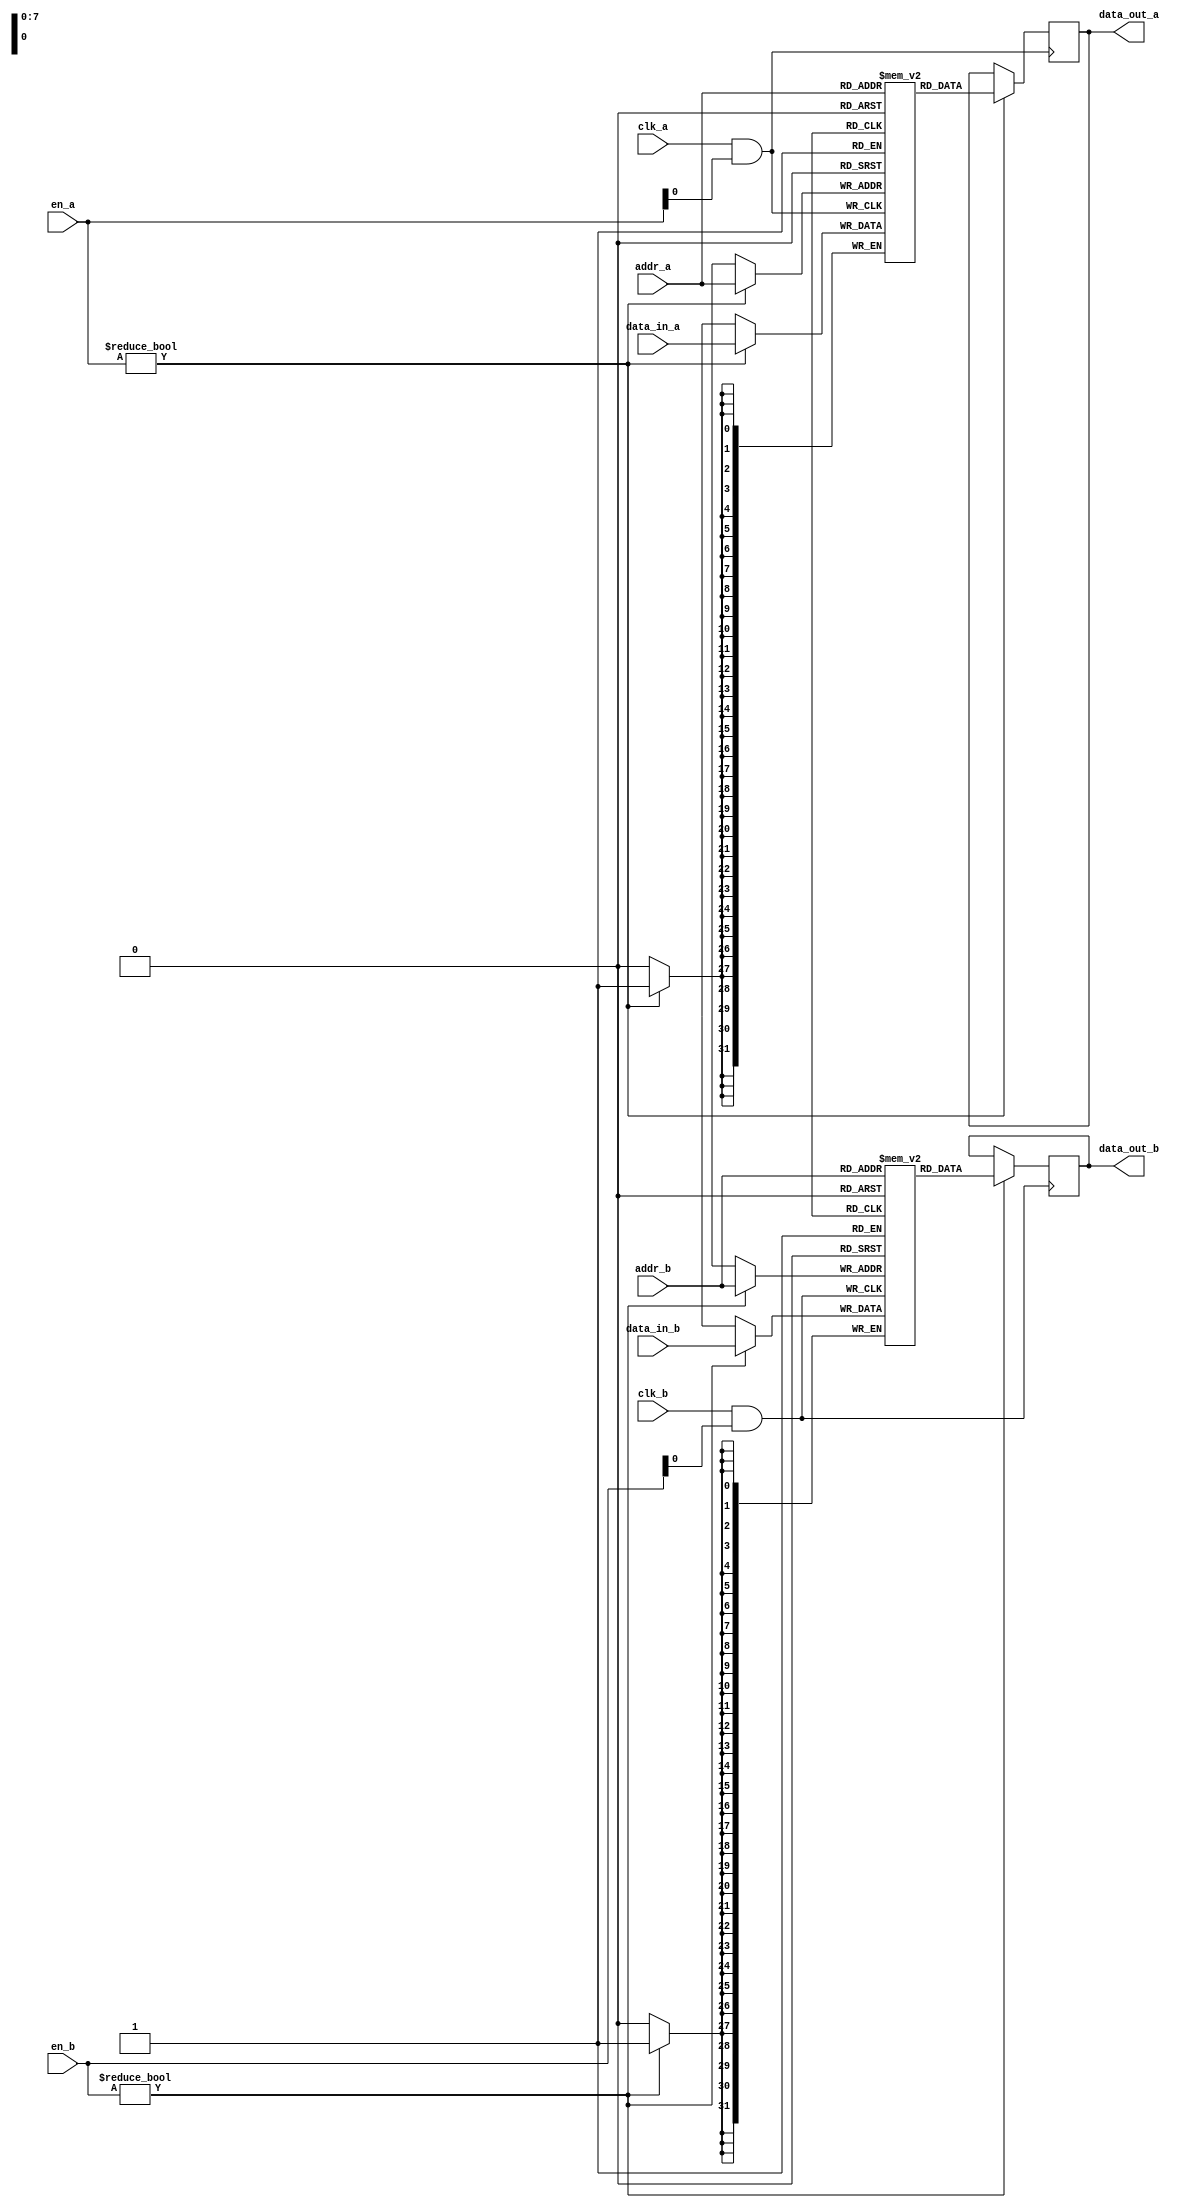
module clock_gated_memory #(
    parameter ADDR_WIDTH = 8,
    parameter DATA_WIDTH = 32,
    parameter NUM_BLOCKS = 4
)(
    input wire clk_a,                  // Clock for domain A
    input wire clk_b,                  // Clock for domain B
    input wire [NUM_BLOCKS-1:0] en_a, // Enable signals for memory blocks in domain A
    input wire [NUM_BLOCKS-1:0] en_b, // Enable signals for memory blocks in domain B
    input wire [ADDR_WIDTH-1:0] addr_a, // Address for memory block in domain A
    input wire [ADDR_WIDTH-1:0] addr_b, // Address for memory block in domain B
    input wire [DATA_WIDTH-1:0] data_in_a, // Data input for memory block in domain A
    input wire [DATA_WIDTH-1:0] data_in_b, // Data input for memory block in domain B
    output reg [DATA_WIDTH-1:0] data_out_a, // Data output for memory block in domain A
    output reg [DATA_WIDTH-1:0] data_out_b  // Data output for memory block in domain B
);

    // Memory blocks
    reg [DATA_WIDTH-1:0] mem_a [0:(1 << ADDR_WIDTH)-1]; // Memory block in domain A
    reg [DATA_WIDTH-1:0] mem_b [0:(1 << ADDR_WIDTH)-1]; // Memory block in domain B

    // Clock gating logic for domain A
    wire gated_clk_a = clk_a & en_a;

    // Clock gating logic for domain B
    wire gated_clk_b = clk_b & en_b;

    // Memory block operations for domain A
    always @(posedge gated_clk_a) begin
        if (en_a) begin
            mem_a[addr_a] <= data_in_a; // Write operation
            data_out_a <= mem_a[addr_a]; // Read operation
        end
    end

    // Memory block operations for domain B
    always @(posedge gated_clk_b) begin
        if (en_b) begin
            mem_b[addr_b] <= data_in_b; // Write operation
            data_out_b <= mem_b[addr_b]; // Read operation
        end
    end

endmodule